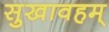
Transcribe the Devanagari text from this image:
सुखावहम्